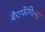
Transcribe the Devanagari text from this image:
बैराफेंगिल्स